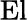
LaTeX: \mathrm{El}